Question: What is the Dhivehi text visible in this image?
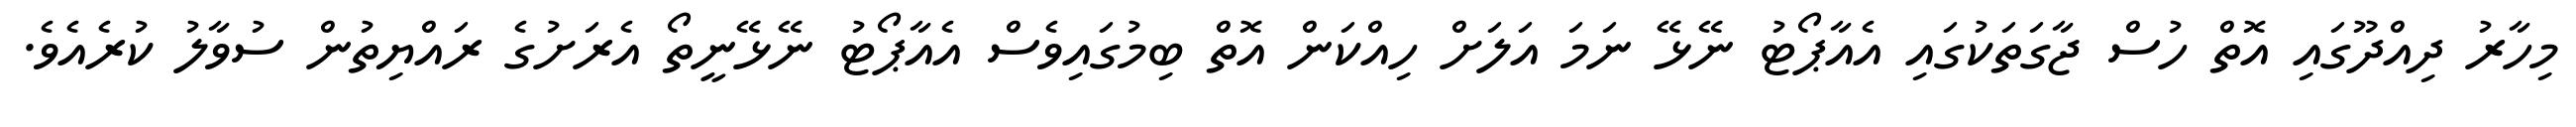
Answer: މިހާރު ދިއްދޫގައި އޮތް ހުސް ޖާގަތަކުގައި އެއާޕޯޓު ނޭޅޭ ނަމަ އަލަށް ހިއްކަން އޮތް ބިމުގައިވެސް އެއާޕޯޓު ނޭޅޭނީތޯ އެރަށުގެ ރައްޔިތުން ސުވާލު ކުރެއެވެ.